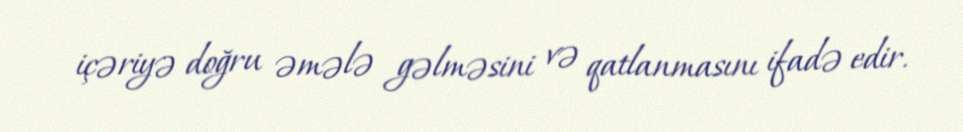
içəriyə doğru əmələ gəlməsini və qatlanmasını ifadə edir.